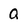
Character: Q